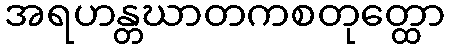
အရဟန္တဃာတကစတုတ္ထော